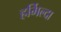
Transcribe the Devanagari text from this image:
हर्मिल्दा